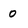
Character: 0